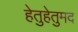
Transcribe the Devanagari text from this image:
हेतुहेतुमद